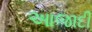
આજાદી